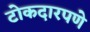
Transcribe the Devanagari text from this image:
टोकदारपणे